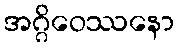
အဂ္ဂိဝေဿနော